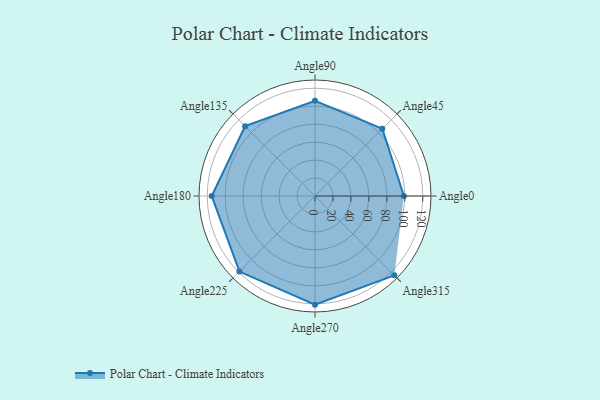
{"axis": {"x": "Angle", "y": "Radius"}, "legend": [""], "data": [{"x": "Angle0", "y": 99.0, "type": ""}, {"x": "Angle45", "y": 106.0, "type": ""}, {"x": "Angle90", "y": 106.0, "type": ""}, {"x": "Angle135", "y": 110.0, "type": ""}, {"x": "Angle180", "y": 115.0, "type": ""}, {"x": "Angle225", "y": 119.0, "type": ""}, {"x": "Angle270", "y": 121.0, "type": ""}, {"x": "Angle315", "y": 125.0, "type": ""}]}